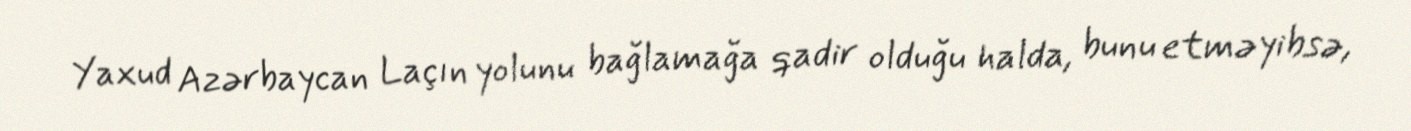
Yaxud Azərbaycan Laçın yolunu bağlamağa qadir olduğu halda, bunu etməyibsə,